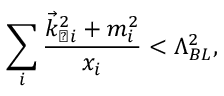
\sum _ { i } \frac { { \vec { k } } _ { \perp i } ^ { 2 } + m _ { i } ^ { 2 } } { x _ { i } } < \Lambda _ { B L } ^ { 2 } ,